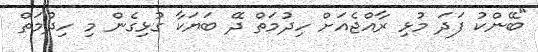
"ބޭންކު ފަދަ މުޅި ރާއްޖެއަށް ހިދުމަތް ދޭ ބަޔަކާ ގުޅިގެން މި ހިދުމަތް